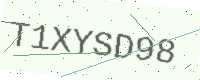
Text: T1XYSD98